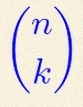
\binom{n}{k}